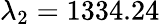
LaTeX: \lambda_{2}=1334.24